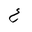
Letter: _ayn